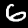
Label: 6